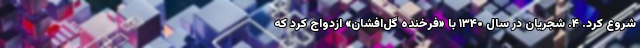
شروع کرد. ۴. شجریان در سال ۱۳۴۰ با «فرخنده گل‌افشان» ازدواج کرد که